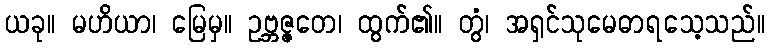
ယခု။ မဟိယာ၊ မြေမှ။ ဥဗ္ဘဇ္ဇတေ၊ ထွက်၏။ တွံ၊ အရှင်သုမေဓာရသေ့သည်။